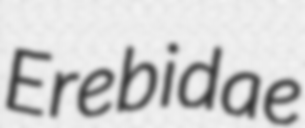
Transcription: Erebidae